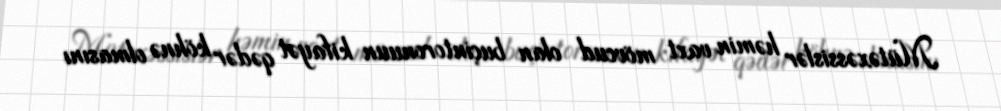
Mütəxəssislər həmin vaxt mövcud olan buçintoronuun kifayət qədər köhnə olmasını